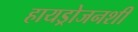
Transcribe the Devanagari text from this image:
हायड्रोजनशी